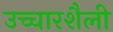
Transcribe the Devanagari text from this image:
उच्चारशैली